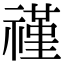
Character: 𬓑